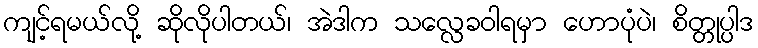
ကျင့်ရမယ်လို့ ဆိုလိုပါတယ်၊ အဲဒါက သလ္လေခဝါရမှာ ဟောပုံပဲ၊ စိတ္တုပ္ပါဒ